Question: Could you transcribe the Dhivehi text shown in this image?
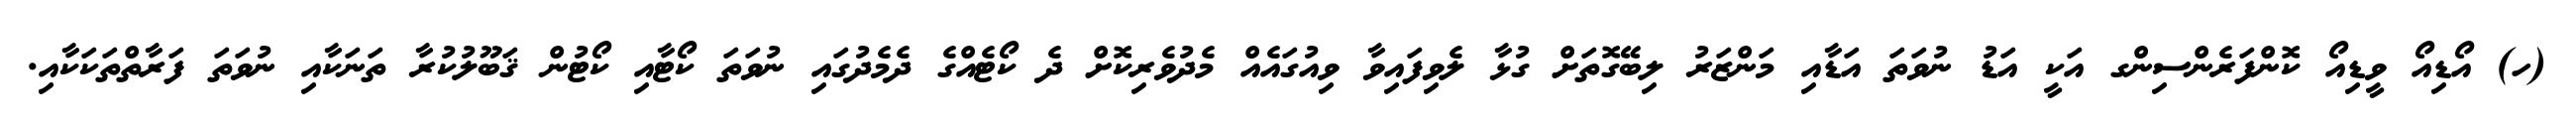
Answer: (ހ) އޯޑިއޯ ވީޑިއޯ ކޮންފަރެންސިންގ އަކީ އަޑު ނުވަތަ އަޑާއި މަންޒަރު ލިބޭގޮތަށް ގުޅާ ލެވިފައިވާ ވިއުގައެއް މެދުވެރިކޮށް ދެ ކޯޓެއްގެ ދެމެދުގައި ނުވަތަ ކޯޓާއި ކޯޓުން ޤަބޫލުކުރާ ތަނަކާއި ނުވަތަ ފަރާތްތަކަކާއި.